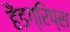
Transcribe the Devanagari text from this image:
हैंडग्रिप्स